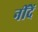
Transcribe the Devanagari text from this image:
नींदें